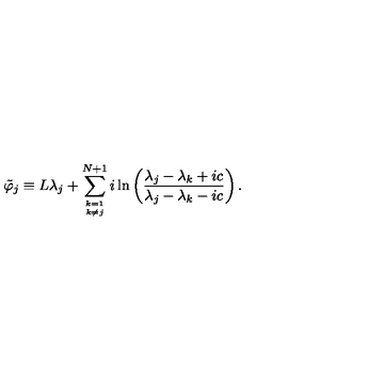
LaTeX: \tilde { \varphi } _ { j } \equiv L \lambda _ { j } + \sum _ { k = 1 \atop { k \ne j } } ^ { N + 1 } i \ln \left( \frac { \lambda _ { j } - \lambda _ { k } + i c } { \lambda _ { j } - \lambda _ { k } - i c } \right) .